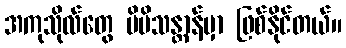
အကုသိုလ်တွေ မိမိသန္တာန်မှာ ဖြစ်နိုင်တယ်။